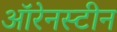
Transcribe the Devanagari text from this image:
ऑरेनस्टीन